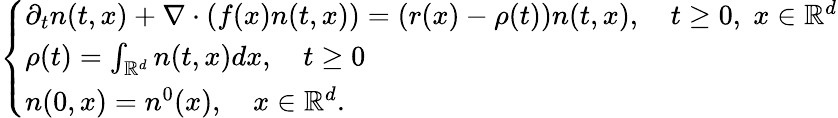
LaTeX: \begin{array}{r}{\left\{ \begin{array}{ll}{\partial_{t}n(t,x)+\nabla\cdot\left(f(x)n(t,x)\right)=\left(r(x)-\rho(t)\right)n(t,x),\quad t\geq 0,\; x\in\mathbb{R}^{d}}\\ {\rho(t)=\int_{\mathbb{R}^{d}}{n(t,x)dx},\quad t\geq 0}\\ {n(0,x)=n^{0}(x),\quad x\in\mathbb{R}^{d}.}\end{array}\right.}\end{array}